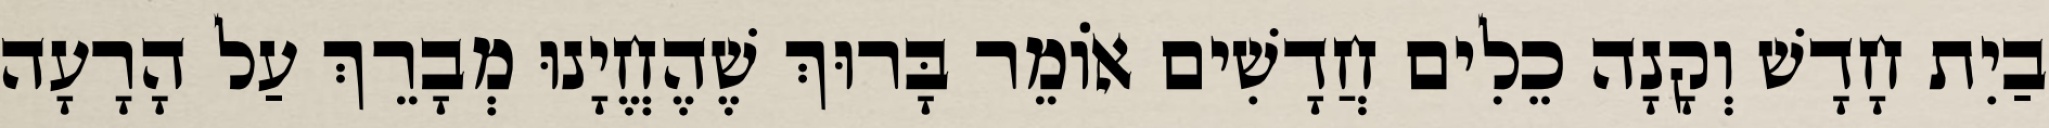
בַיִת חָדָשׁ וְקָנָה כֵלִים חֲדָשִׁים אוֹמֵר בָּרוּךְ שֶׁהֶחֱיָנוּ מְבָרֵךְ עַל הָרָעָה